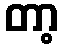
တာ့